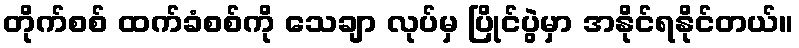
တိုက်စစ် ထက်ခံစစ်ကို သေချာ လုပ်မှ ပြိုင်ပွဲမှာ အနိုင်ရနိုင်တယ်။